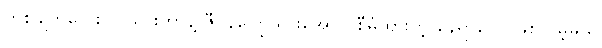
တစ်ချက်လေး လွဲသွားတာနဲ့ ဇီဝိန်ကြွေသွားအောင် စီမံထားတဲ့ နေရာတွေ ဖြစ်လိမ့်မယ်